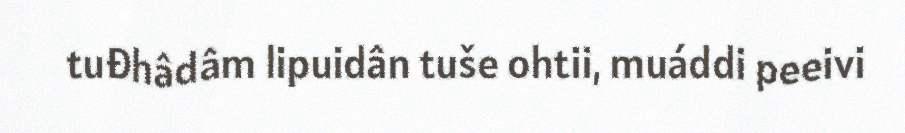
tuđhâdâm lipuidân tuše ohtii, muáddi peeivi